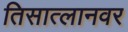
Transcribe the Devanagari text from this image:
तिसात्लानवर